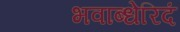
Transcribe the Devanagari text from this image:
भवाब्धेरिदं